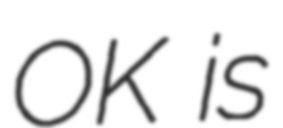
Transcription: OK is